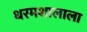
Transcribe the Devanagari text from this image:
धरमशालाला